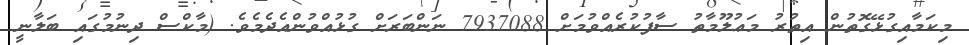
މިކަމާއިގުޅޭގޮތުން އިތުރު މަޢުލޫމާތު ސާފުކުރެއްވުމަށް 7937088 ނަންބަރަށް ގުޅުއްވުންއެދެމެވެ. (މާކްސް ދިނުމުގައި ބަލާނީ